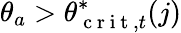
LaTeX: \theta_{a}>\theta_{\mathrm{~c~r~i~t~},t}^{*}(j)